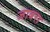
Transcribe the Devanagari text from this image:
जाबरा